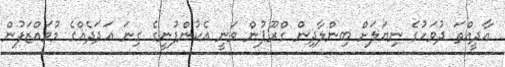
އާދީއްތަ ދުވަހުގެ ނިޔަލަށް ބިންލާދިން ގްރޫޕުން ވަނީ އެކުންފުނީގެ ގިނަ އަދަދެއްގެ މުވައްޒަފުން